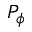
P _ { \phi }